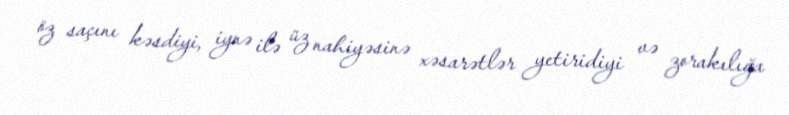
öz saçını kəsdiyi, iynə ilə üz nahiyəsinə xəsarətlər yetiridiyi və zorakılığa